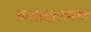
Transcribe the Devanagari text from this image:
कलादालनांत